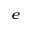
^ { e }